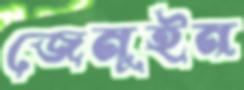
জেনুইন